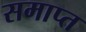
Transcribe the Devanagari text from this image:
समाप्त